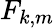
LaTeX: F_{k,m}